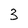
Character: 3